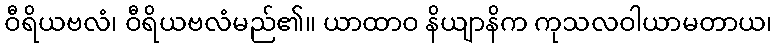
ဝီရိယဗလံ၊ ဝီရိယဗလံမည်၏။ ယာထာဝ နိယျာနိက ကုသလဝါယာမတာယ၊